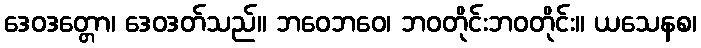
ဒေဝဒတ္တော၊ ဒေဝဒတ်သည်။ ဘဝေဘဝေ၊ ဘဝတိုင်းဘဝတိုင်း။ ယသေနစ၊